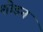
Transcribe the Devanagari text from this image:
शोडन